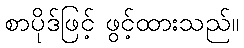
စာပိုဒ်ဖြင့် ဖွင့်ထားသည်။